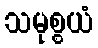
သမုစ္စယံ